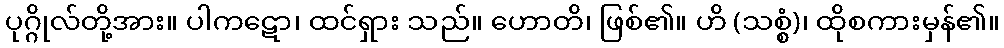
ပုဂ္ဂိုလ်တို့အား။ ပါကဋော၊ ထင်ရှား သည်။ ဟောတိ၊ ဖြစ်၏။ ဟိ (သစ္စံ)၊ ထိုစကားမှန်၏။